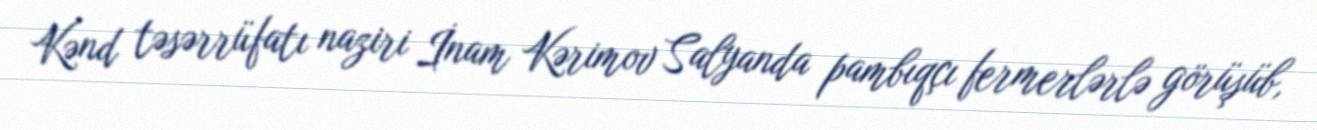
Kənd təsərrüfatı naziri İnam Kərimov Salyanda pambıqçı fermerlərlə görüşüb,